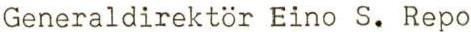
Generaldirektor Eino S. Repo